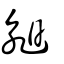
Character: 昶